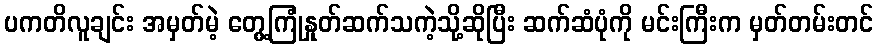
ပကတိလူချင်း အမှတ်မဲ့ တွေ့ကြုံနှုတ်ဆက်သကဲ့သို့ဆိုပြီး ဆက်ဆံပုံကို မင်းကြီးက မှတ်တမ်းတင်